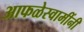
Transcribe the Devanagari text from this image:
आफळेस्वामींनी